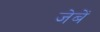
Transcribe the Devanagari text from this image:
जेबें